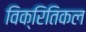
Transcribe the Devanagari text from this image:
विक्रितिकल